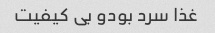
غذا سرد بودو بی کیفیت